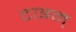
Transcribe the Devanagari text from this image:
टाइम्